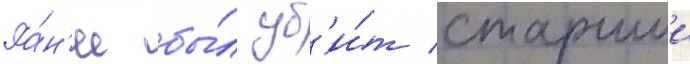
Ра́н'ее бы́л уб'и́т старшии